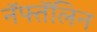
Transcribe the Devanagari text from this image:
नॅफ्तॅलिन